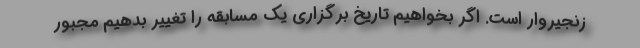
زنجیروار است. اگر بخواهیم تاریخ برگزاری یک مسابقه را تغییر بدهیم مجبور